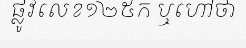
ផ្លូវលេខ១២៥ក ឬហៅថា